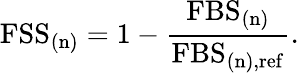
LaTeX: \mathrm{FSS}_{\mathrm{(n)}}=1-\frac{\mathrm{FBS}_{\mathrm{(n)}}}{\mathrm{FBS}_{\mathrm{(n),ref}}}.